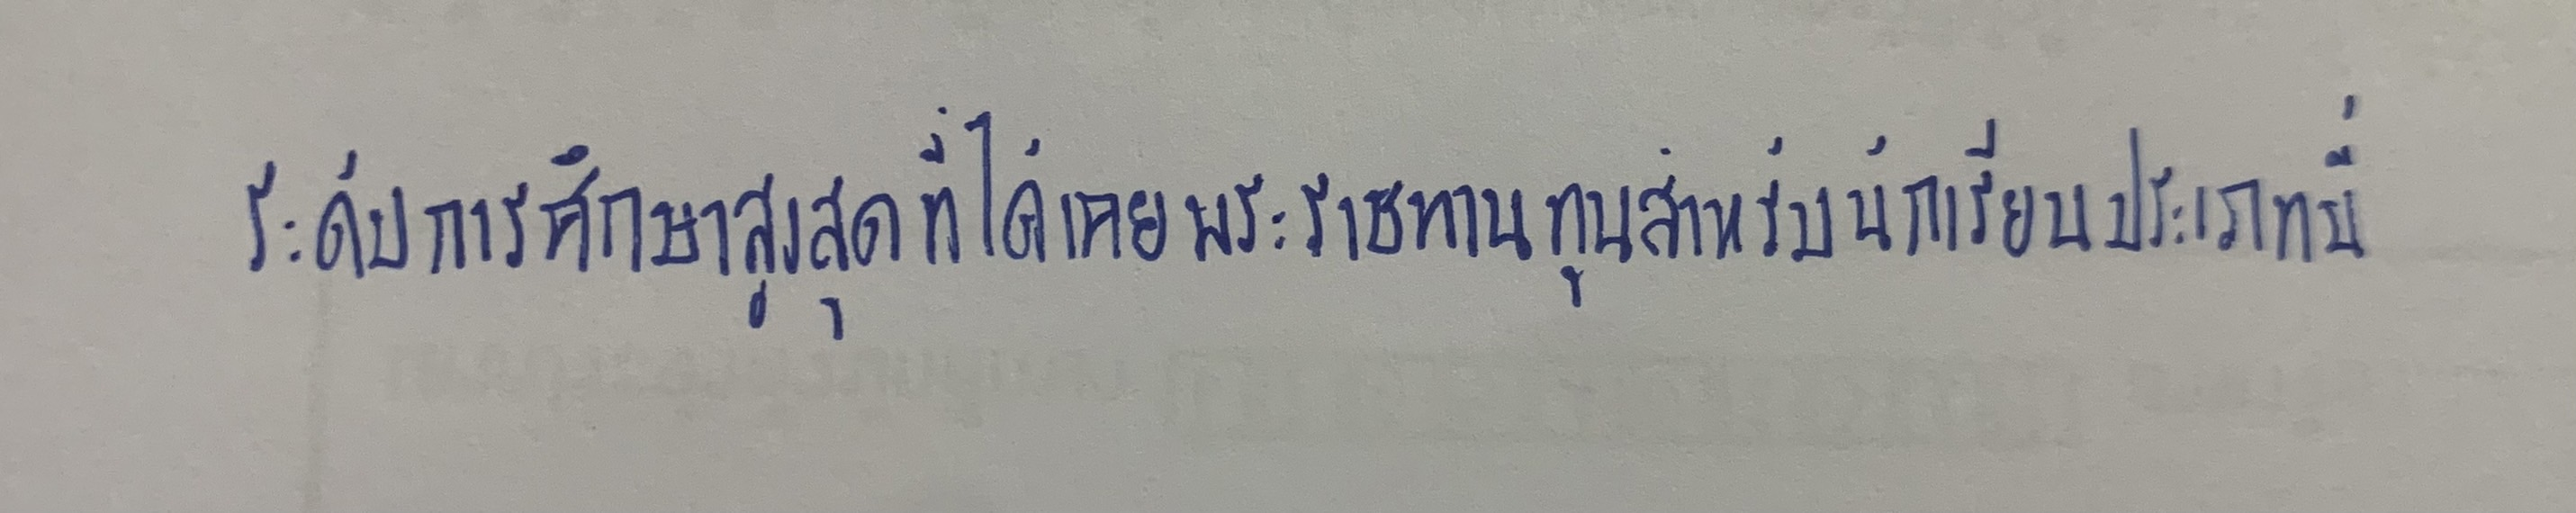
ระดับการศึกษาสูงสุดที่ได้เคยพระราชทานทุนสำหรับนักเรียนประเภทนี้